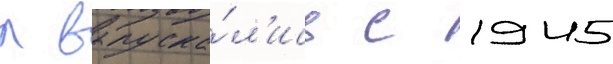
л выпуска́л'ись с 1945